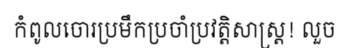
កំពូលចោរប្រមឹកប្រចាំប្រវត្តិសាស្ត្រ! លួច